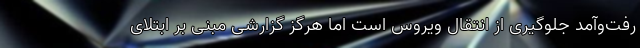
رفت‌وآمد جلوگیری از انتقال ویروس است اما هرگز گزارشی مبنی بر ابتلای